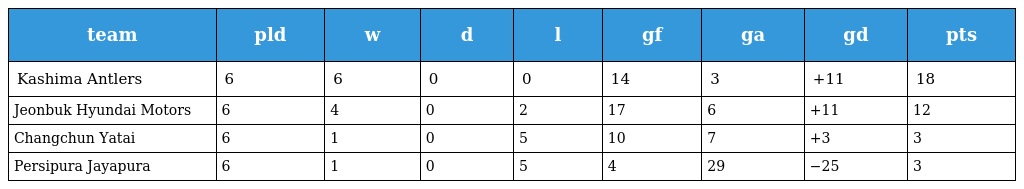
| team | pld | w | d | l | gf | ga | gd | pts |
 | --- | --- | --- | --- | --- | --- | --- | --- | --- |
 | Kashima Antlers | 6 | 6 | 0 | 0 | 14 | 3 | +11 | 18 |
 | Jeonbuk Hyundai Motors | 6 | 4 | 0 | 2 | 17 | 6 | +11 | 12 |
 | Changchun Yatai | 6 | 1 | 0 | 5 | 10 | 7 | +3 | 3 |
 | Persipura Jayapura | 6 | 1 | 0 | 5 | 4 | 29 | −25 | 3 |